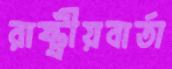
রাষ্ট্রীয়বার্তা